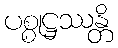
ပစ္စုဋ္ဌဿန္တိ